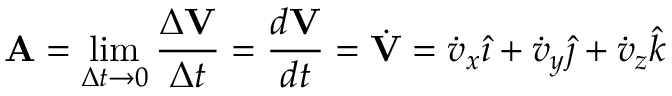
\mathbf { A } = \operatorname* { l i m } _ { \Delta t \rightarrow 0 } { \frac { \Delta \mathbf { V } } { \Delta t } } = { \frac { d \mathbf { V } } { d t } } = { \dot { \mathbf { V } } } = { \dot { v } } _ { x } { \hat { \imath } } + { \dot { v } } _ { y } { \hat { \jmath } } + { \dot { v } } _ { z } { \hat { k } }